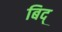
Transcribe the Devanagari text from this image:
बिद्